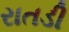
રાતડી